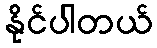
နိုင်ပါတယ်